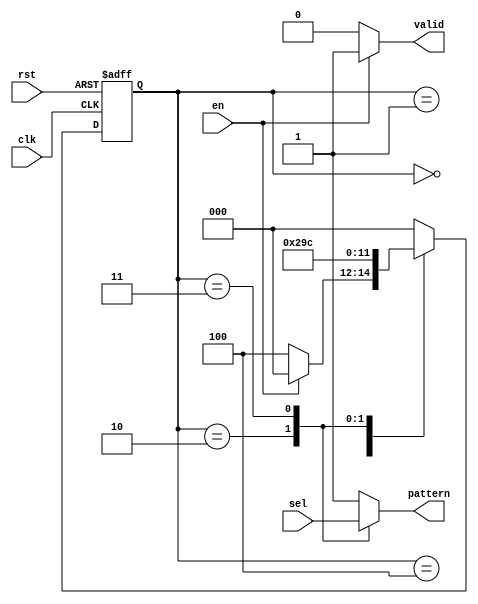
/////////////////////////////////////////////////////////////////////
// ---------------------- IVCAD 2023 Spring ---------------------- //
// ---------------------- Editor: Zhi-Yu Chen (Willy) ------------ //
// ---------------------- Version : v.1.00  ---------------------- //
// ---------------------- Date : 2023.03    ---------------------- //
// ---------------------- pattern_gen       ---------------------- // 
/////////////////////////////////////////////////////////////////////


module pattern_gen(clk, rst, en, sel, pattern, valid);


input clk, rst;
input en;
input [1:0] sel;
output reg pattern;
output reg valid;


//finit state machine
reg [2:0] ns,cs;// ns:nextstate  cs:currentstate

parameter   s0=3'd0;
parameter   s1=3'd1;
parameter   s2=3'd2;
parameter   s3=3'd3;
parameter   INIT=3'd4;
//set currentstate
always@(posedge clk or posedge rst)
begin
    if(rst)
        cs <= INIT ;
    else
        cs <= ns ;
end

//set nextstate from currentstate
always@(*)
begin
    case(cs)
        INIT:   ns = en? s0: INIT;
        s0: ns = s1;
        s1: ns = s2;
        s2: ns = s3;
        s3: ns = INIT;
        default:
            ns = s0;
    endcase
end
//pattern
always@(cs or sel) begin
    case (cs)
            s2: pattern = sel[1];
            s3: pattern = sel[0]; 
        default:
            pattern = 1'd1;
    endcase
end
//valid
always@(cs or en) begin
    case (cs) 
        default:
            valid = en? 1'b1: 1'b0;
    endcase
end
endmodule